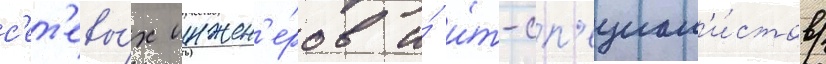
с'ет'евы́х инжен'е́ров и́ и́т-сп'ециал'и́стов